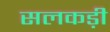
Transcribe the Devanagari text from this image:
सलकड़ी